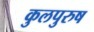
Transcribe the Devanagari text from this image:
कुलपुरुष